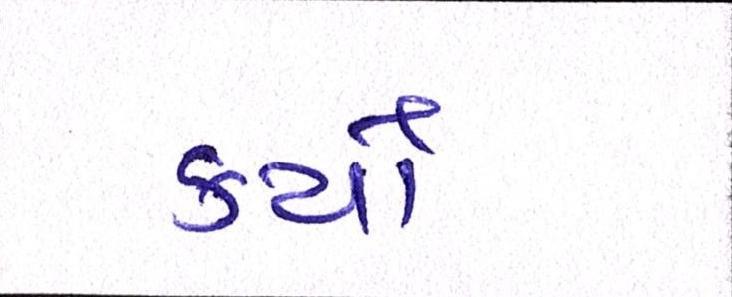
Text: કર્યેા